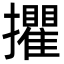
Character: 㩴